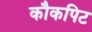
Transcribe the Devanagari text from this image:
कौकपिट